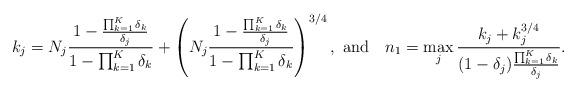
LaTeX: \begin{align*}k_j &= N_j\frac{1-\frac{\prod_{k=1}^K\delta_k}{\delta_j}}{1-\prod_{k=1}^K\delta_k} + \left(N_j\frac{1-\frac{\prod_{k=1}^K\delta_k}{\delta_j}}{1-\prod_{k=1}^K\delta_k}\right)^{3/4}, \mbox{ and\quad}n_1 = \max_{j} \frac{k_j+k_j^{3/4}}{(1-\delta_j)\frac{\prod_{k=1}^K\delta_k}{\delta_j}}.\end{align*}